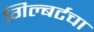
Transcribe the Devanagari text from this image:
गिल्बर्टचा